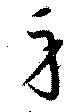
身